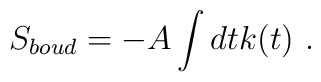
S_{boud}=-A\int dt  k(t) \ .